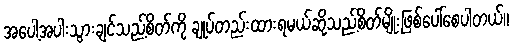
အပေါ့အပါးသွားချင်သည့်စိတ်ကို ချုပ်တည်းထားရမယ်ဆိုသည့်စိတ်မျိုးဖြစ်ပေါ်စေပါတယ်။